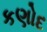
કણોદ